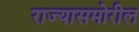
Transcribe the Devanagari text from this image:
राज्यासमोरील